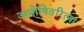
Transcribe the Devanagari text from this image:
अघोषितरित्या